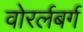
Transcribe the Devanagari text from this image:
वोरर्लबर्ग